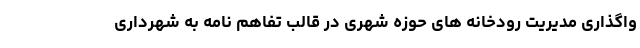
واگذاری مدیریت رودخانه های حوزه شهری در قالب تفاهم نامه به شهرداری